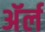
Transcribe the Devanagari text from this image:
अॅर्ल